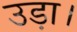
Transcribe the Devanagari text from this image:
उड़ा।